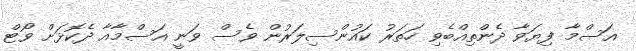
އަސްމާ ފިޔަވާ ދެންތިއްބެވި ހަތަރު ކައުންސިލަރުން ވެސް ވަނީ އަސްމާއާ ދެކޮޅަށް ވޯޓް